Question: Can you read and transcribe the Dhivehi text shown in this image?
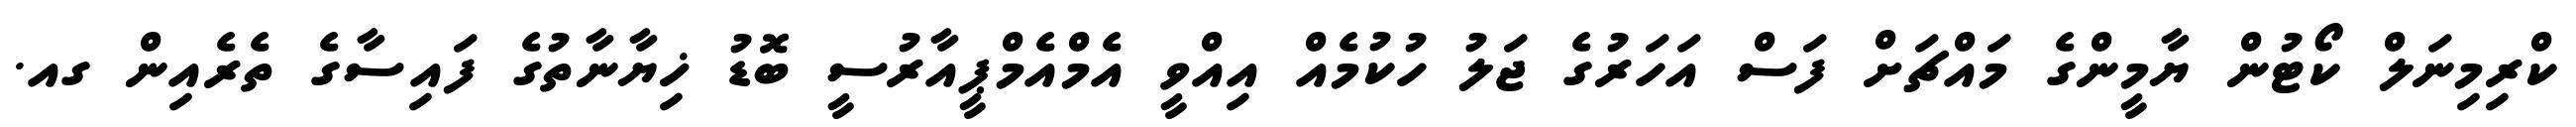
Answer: ކްރިމިނަލް ކޯޓުން ޔާމީންގެ މައްޗަށް ފަސް އަހަރުގެ ޖަލު ހުކުމެއް އިއްވީ އެމްއެމްޕީއާރުސީ ބޮޑު ޚިޔާނާތުގެ ފައިސާގެ ތެރެއިން ގއ.